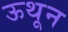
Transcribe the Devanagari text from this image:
ऊथून